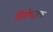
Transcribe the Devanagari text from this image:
विशेषज्ञक